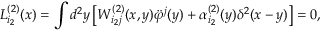
L _ { i _ { 2 } } ^ { ( 2 ) } ( x ) = \int d ^ { 2 } y \left[ W _ { i _ { 2 } j } ^ { ( 2 ) } ( x , y ) \ddot { \varphi } ^ { j } ( y ) + \alpha _ { i _ { 2 } } ^ { ( 2 ) } ( y ) \delta ^ { 2 } ( x - y ) \right] = 0 ,